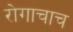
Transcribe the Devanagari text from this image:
रोगाचाच